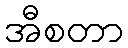
အီစတာ